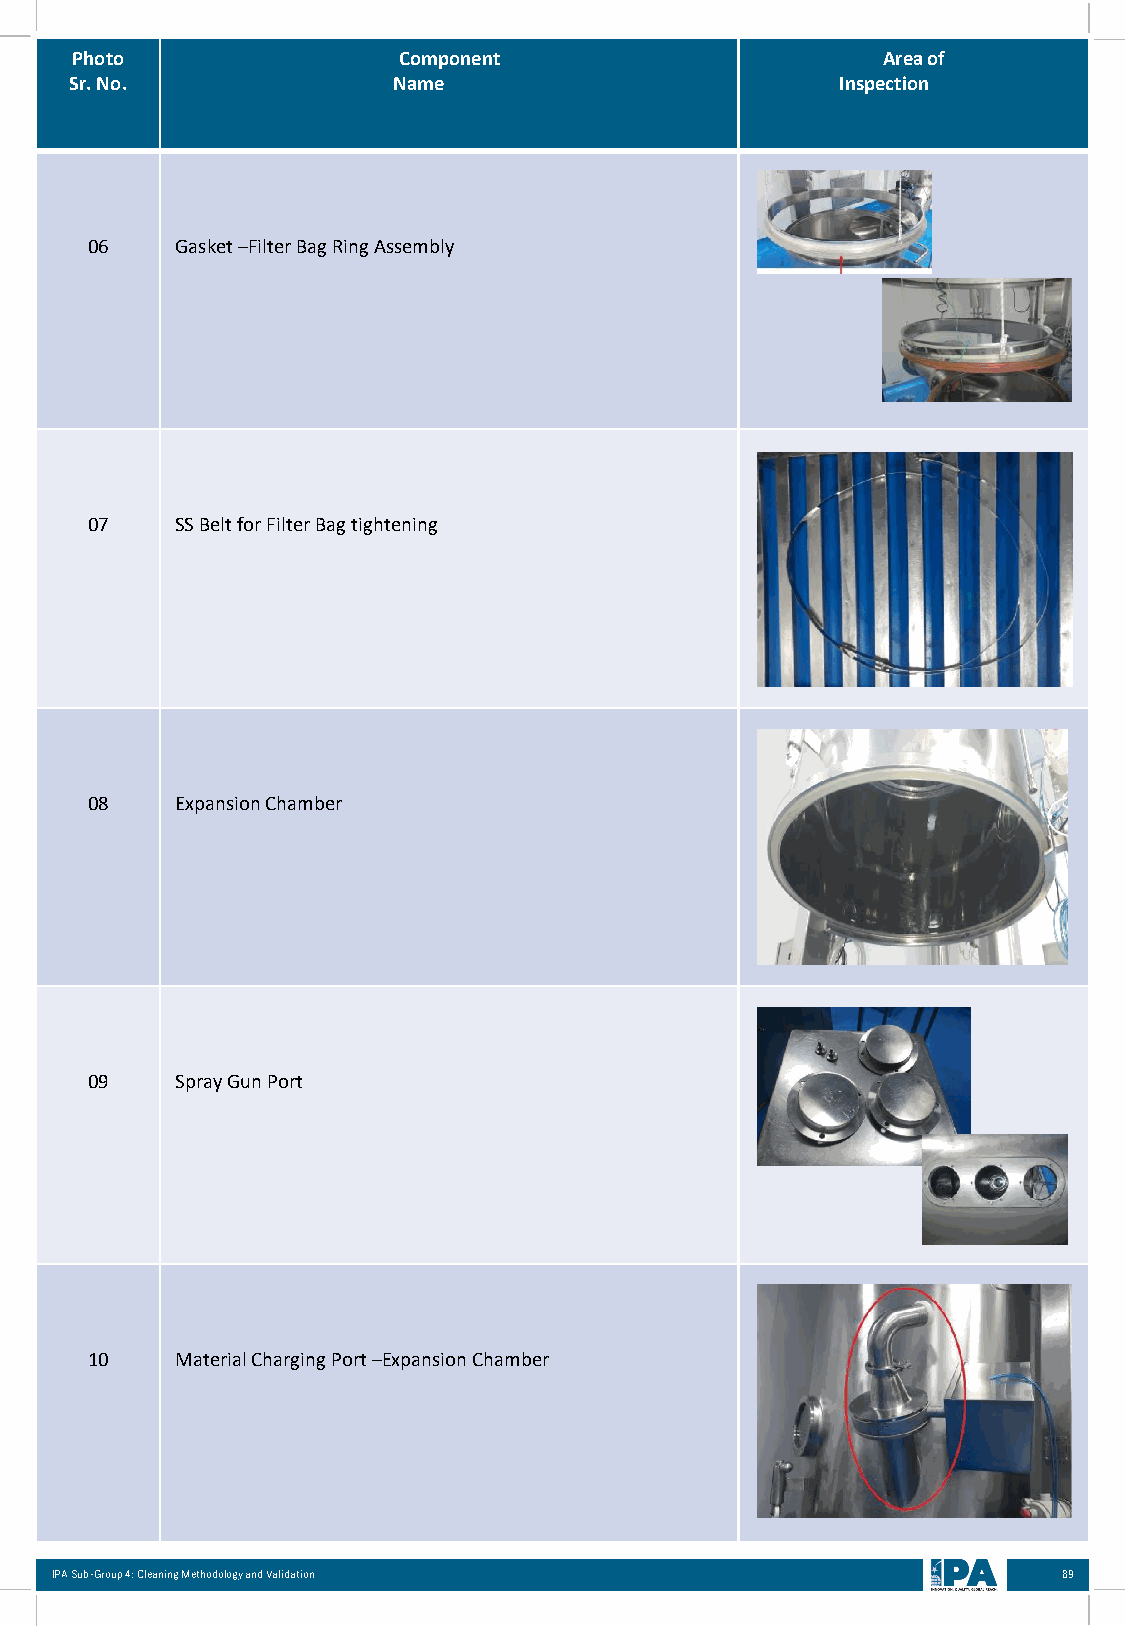
Photo                Component                       Area of
 Sr. No.              Name                          Inspection
 06    Gasket –Filter Bag Ring Assembly
 07    SS Belt for Filter Bag tightening
 08    Expansion Chamber
 09    Spray Gun Port
 10    Material Charging Port –Expansion Chamber
 IPA Sub-Group 4: Cleaning Methodology and Validation               89